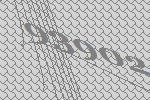
93902